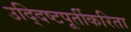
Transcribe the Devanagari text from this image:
उद्‍दिष्टपूर्तीकरिता